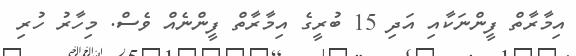
އިމާރާތް ފީންނަކާއި އަދި 15 ބުރީގެ އިމާރާތް ފީންނެއް ވެސް. މިހާރު ހުރި